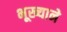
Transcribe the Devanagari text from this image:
भूख्याने